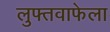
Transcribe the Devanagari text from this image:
लुफ्तवाफेला